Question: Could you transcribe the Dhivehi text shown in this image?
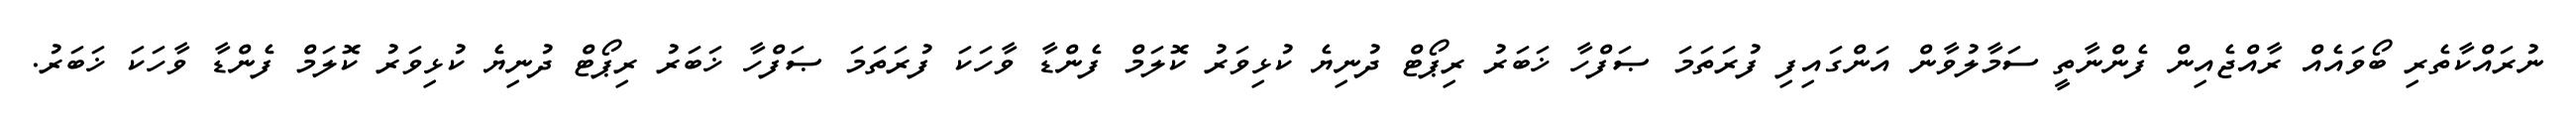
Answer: ނުރައްކާތެރި ބޯވައެއް ރާއްޖެއިން ފެންނާތީ ސަމާލުވާން އަންގައިފި ފުރަތަމަ ޞަފްހާ ޚަބަރު ރިޕޯޓް ދުނިޔެ ކުޅިވަރު ކޮލަމް ފެންޑާ ވާހަކަ ފުރަތަމަ ޞަފްހާ ޚަބަރު ރިޕޯޓް ދުނިޔެ ކުޅިވަރު ކޮލަމް ފެންޑާ ވާހަކަ ޚަބަރު.